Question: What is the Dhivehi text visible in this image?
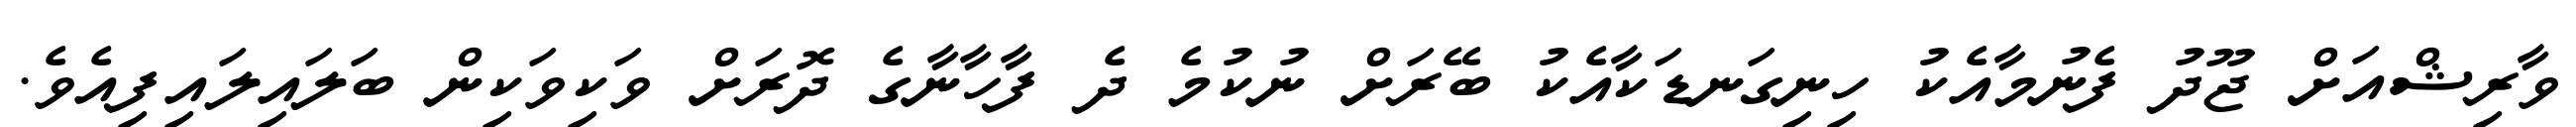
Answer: ވާރިޝްއަށް ޖޫދު ފެނުމާއެކު ހިނިގަނޑަކާއެކު ބޭރަށް ނުކުމެ ދެ ފާހާނާގެ ދޮރަށް ވަކިވަކިން ބަލައިލައިފިއެވެ.